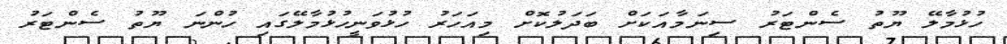
ހުޅުމާލޭ ޔޫތު ސެންޓަރު ސިނަމާއަކަށް ބަދަލުކޮށް މިއަހަރު ހުޅުވަނީހުޅުމާލޭގައި ހުންނަ ޔޫތު ސެންޓަރު